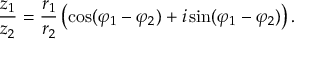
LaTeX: { \frac { z _ { 1 } } { z _ { 2 } } } = { \frac { r _ { 1 } } { r _ { 2 } } } \left( \cos ( \varphi _ { 1 } - \varphi _ { 2 } ) + i \sin ( \varphi _ { 1 } - \varphi _ { 2 } ) \right) .